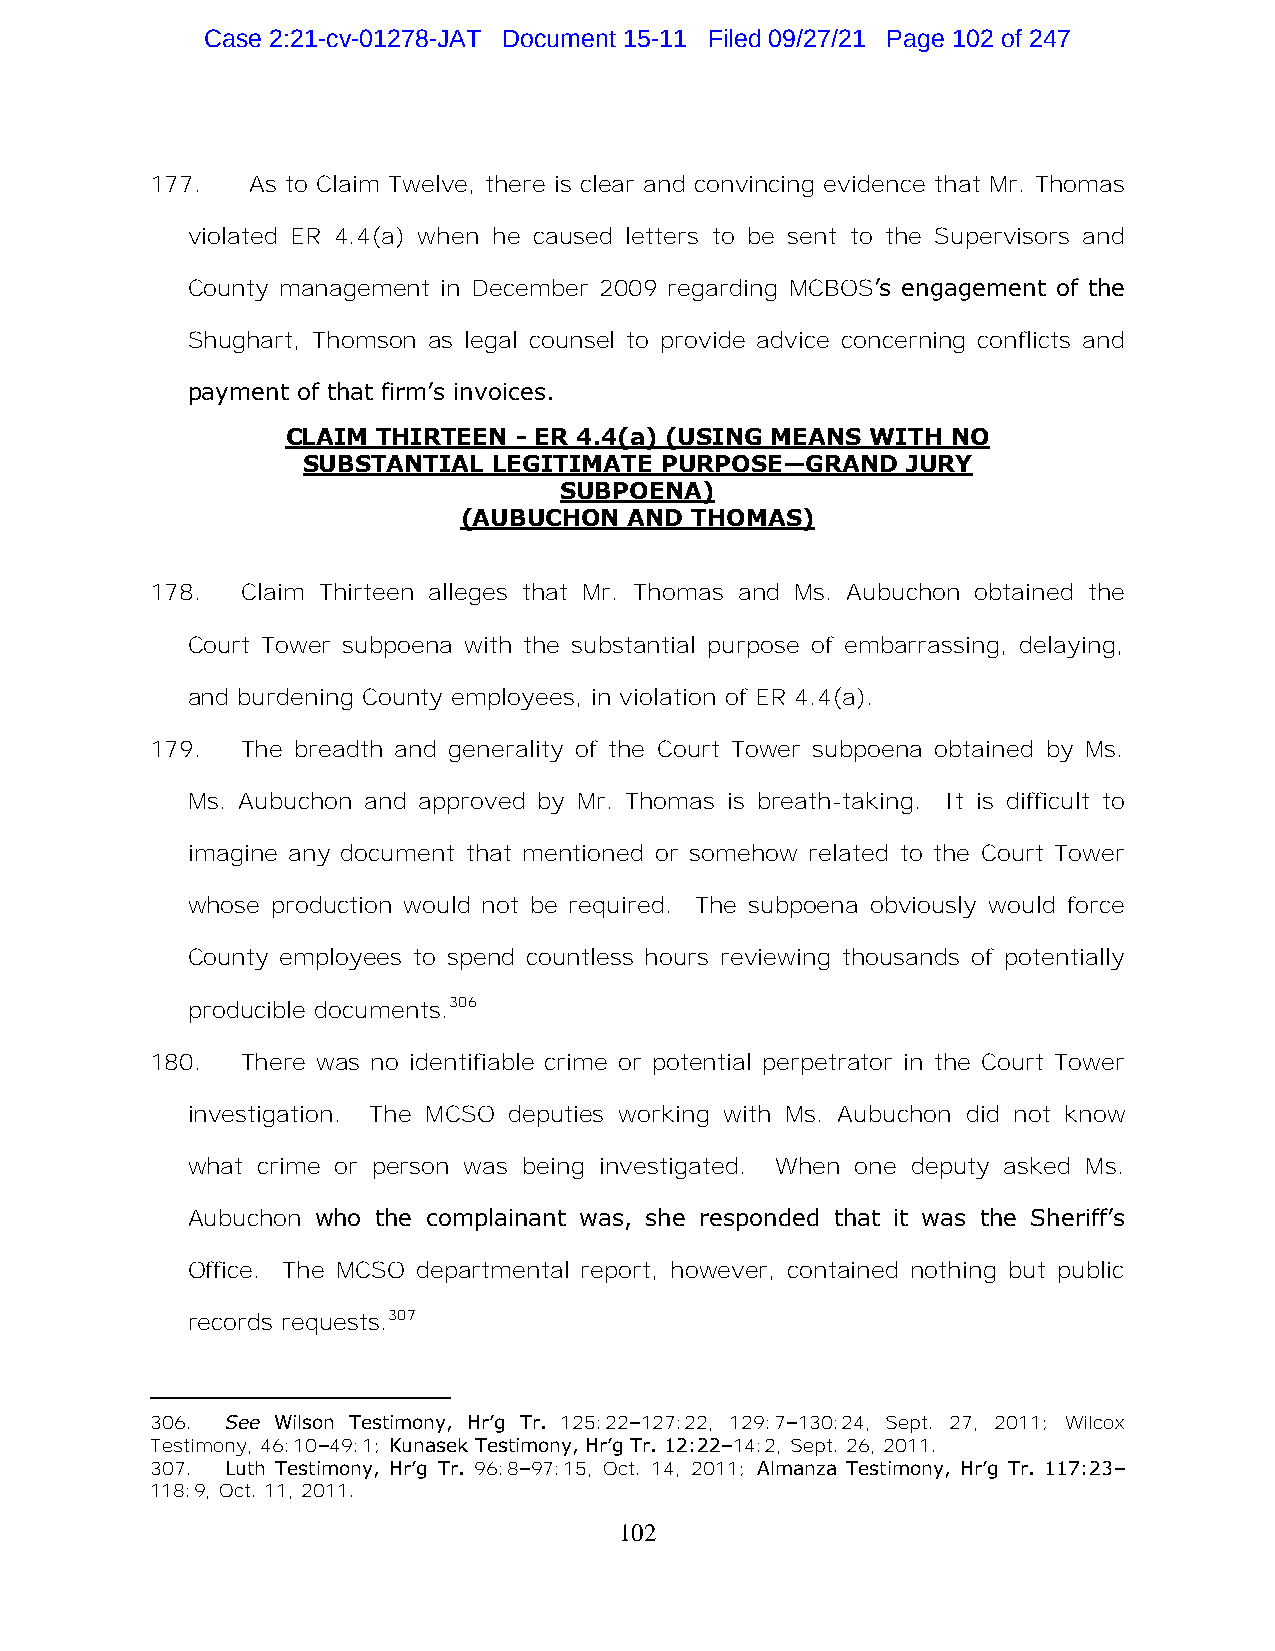
Case 2:21-cv-01278-JAT Document 15-11 Filed 09/27/21 Page 102 of 247
 177.  As to Claim Twelve, there is clear and convincing evidence that Mr. Thomas
 violated ER 4.4(a) when he caused letters to be sent to the Supervisors and
 County management in December 2009 regarding MCBOS’s engagement of the
 Shughart, Thomson as legal counsel to provide advice concerning conflicts and
 payment of that firm’s invoices.
 CLAIM THIRTEEN - ER 4.4(a) (USING MEANS WITH NO
 SUBSTANTIAL  LEGITIMATE PURPOSE—GRAND   JURY
 SUBPOENA)
 (AUBUCHON   AND THOMAS)
 178.  Claim Thirteen alleges that Mr. Thomas and Ms. Aubuchon obtained the
 Court Tower subpoena with the substantial purpose of embarrassing, delaying,
 and burdening County employees, in violation of ER 4.4(a).
 179.  The breadth and generality of the Court Tower subpoena obtained by Ms.
 Ms. Aubuchon and approved by Mr. Thomas is breath-taking. It is difficult to
 imagine any document that mentioned or somehow related to the Court Tower
 whose production would not be required. The subpoena obviously would force
 County employees to spend countless hours reviewing thousands of potentially
 producible documents.306
 180.  There was no identifiable crime or potential perpetrator in the Court Tower
 investigation. The MCSO deputies working with Ms. Aubuchon did not know
 what crime or person was being investigated. When one deputy asked Ms.
 Aubuchon who the complainant was, she responded that it was the Sheriff’s
 Office. The MCSO departmental report, however, contained nothing but public
 records requests.307
 306. See Wilson Testimony, Hr’g Tr. 125:22–127:22, 129:7–130:24, Sept. 27, 2011; Wilcox
 Testimony, 46:10–49:1; Kunasek Testimony, Hr’g Tr. 12:22–14:2, Sept. 26, 2011.
 307. Luth Testimony, Hr’g Tr. 96:8–97:15, Oct. 14, 2011; Almanza Testimony, Hr’g Tr. 117:23–
 118:9, Oct. 11, 2011.
 102